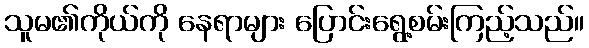
သူမ၏ကိုယ်ကို နေရာများ ပြောင်းရွေ့စမ်းကြည့်သည်။